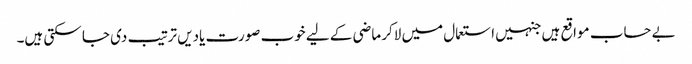
بے حساب مواقع ہیں جنہیں استعمال میں لاکر ماضی کے لیے خوب صورت یادیں ترتیب دی جا سکتی ہیں۔